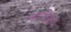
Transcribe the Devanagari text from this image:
भाजियाँ